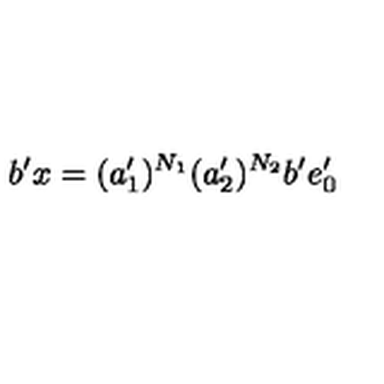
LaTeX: b ^ { \prime } x = ( a _ { 1 } ^ { \prime } ) ^ { N _ { 1 } } ( a _ { 2 } ^ { \prime } ) ^ { N _ { 2 } } b ^ { \prime } e _ { 0 } ^ { \prime }